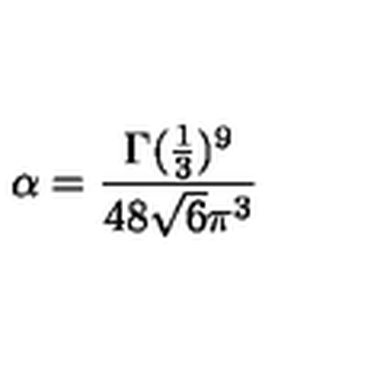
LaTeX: \alpha = \frac { \Gamma ( \frac { 1 } { 3 } ) ^ { 9 } } { 4 8 \sqrt { 6 } \pi ^ { 3 } }